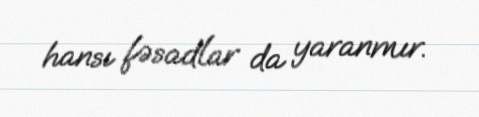
hansı fəsadlar da yaranmır.